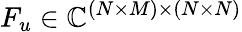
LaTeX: F_{u}\in\mathbb{C}^{(N\times M)\times(N\times N)}